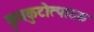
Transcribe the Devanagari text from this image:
कुवकुटोत्पादक